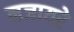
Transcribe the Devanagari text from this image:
नजायरे